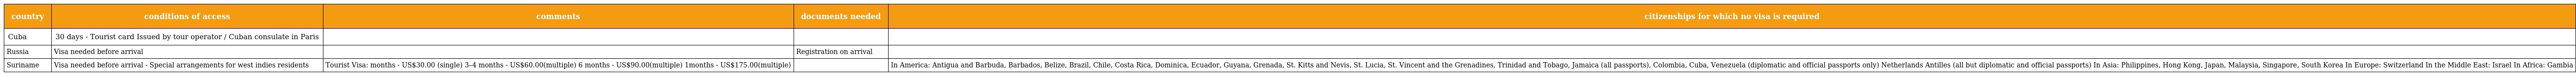
| country | conditions of access | comments | documents needed | citizenships for which no visa is required |
 | --- | --- | --- | --- | --- |
 | Cuba | 30 days - Tourist card Issued by tour operator / Cuban consulate in Paris |  |  |  |
 | Russia | Visa needed before arrival |  | Registration on arrival |  |
 | Suriname | Visa needed before arrival - Special arrangements for west indies residents | Tourist Visa: months - US$30.00 (single) 3–4 months - US$60.00(multiple) 6 months - US$90.00(multiple) 1months - US$175.00(multiple) |  | In America: Antigua and Barbuda, Barbados, Belize, Brazil, Chile, Costa Rica, Dominica, Ecuador, Guyana, Grenada, St. Kitts and Nevis, St. Lucia, St. Vincent and the Grenadines, Trinidad and Tobago, Jamaica (all passports), Colombia, Cuba, Venezuela (diplomatic and official passports only) Netherlands Antilles (all but diplomatic and official passports) In Asia: Philippines, Hong Kong, Japan, Malaysia, Singapore, South Korea In Europe: Switzerland In the Middle East: Israel In Africa: Gambia |